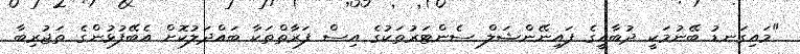
"މައިގަނޑު ބޭނުމަކީ ދުބާއީގެ ފައިނޭންޝަލް ސެންޓަރުތަކުގެ އިސް ފަރާތްތަކާ ބައްދަލުކޮށް އެބޭފުޅުންގެ ތަޖުރިބާ